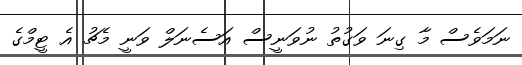
ނަމަވެސް މާ ގިނަ ވަގުތު ނުވަނީސް އަސެނަލް ވަނީ މެޗު އެ ޓީމްގެ